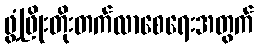
ဖွံ့ဖြိုးတိုးတက်လာစေရေးအတွက်